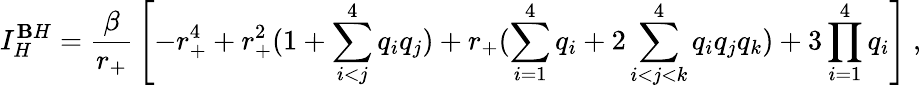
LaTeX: I_{H}^{\mathbf{B}H}={\frac{{\beta}}{{r_{+}}}}\left[-r_{+}^{4}+r_{+}^{2}(1+\sum_{i<j}^{4}q_{i}q_{j})+r_{+}(\sum_{i=1}^{4}q_{i}+2\sum_{i<j<k}^{4}q_{i}q_{j}q_{k})+3\prod_{i=1}^{4}q_{i}\right]\ ,